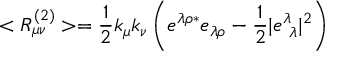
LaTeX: < R _ { \mu \nu } ^ { ( 2 ) } > = \frac { 1 } { 2 } k _ { \mu } k _ { \nu } \left( e ^ { \lambda \rho * } e _ { \lambda \rho } - \frac { 1 } { 2 } | e _ { \ \lambda } ^ { \lambda } | ^ { 2 } \right)